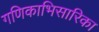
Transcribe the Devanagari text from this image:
गणिकाभिसारिका